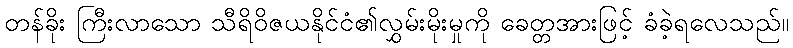
တန်ခိုး ကြီးလာသော သီရိဝိဇယနိုင်ငံ၏လွှမ်းမိုးမှုကို ခေတ္တအားဖြင့် ခံခဲ့ရလေသည်။